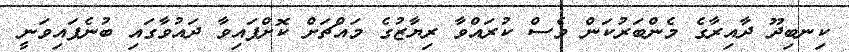
ކިނބިދޫ ދާއިރާގެ މެންބަރުކަން ވެސް ކުރައްވާ ރިޔާޒުގެ މައްޗަށް ކޮށްފައިވާ ދައުވާގައި ބުނެފައިވަނީ